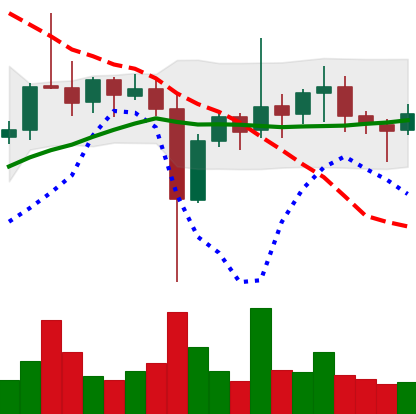
Ticker: ETC-USD
Chart end date: 2021-11-07
Forward return: 3.069%
Label: up_3_5